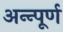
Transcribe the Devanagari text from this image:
अन्न्पूर्ण